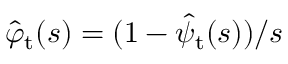
\hat { \varphi } _ { \mathrm { t } } ( s ) = ( 1 - \hat { \psi } _ { \mathrm { t } } ( s ) ) / s